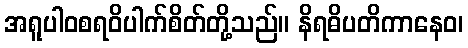
အရူပါဝစရဝိပါက်စိတ်တို့သည်။ နိရဓိပတိကာနေဝ၊